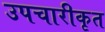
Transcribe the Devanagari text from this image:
उपचारीकृत